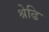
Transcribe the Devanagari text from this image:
श्रेढि